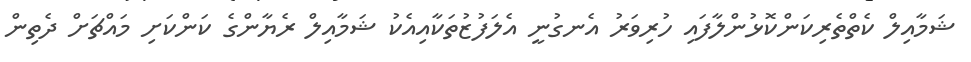
ޝަމާއިލް ކެތްތެރިކަންކޮޅުންލާފައި ހުރިވަރު އެނގުނީ އެލަފުޒުތަކާއިއެކު ޝަމާއިލް ރެޔާންގެ ކަންކަށި މައްޗަށް ދެތިން